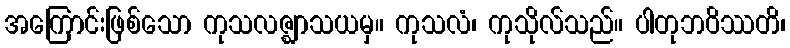
အကြောင်းဖြစ်သော ကုသလဇ္ဈာသယမှ။ ကုသလံ၊ ကုသိုလ်သည်။ ပါတုဘဝိဿတိ၊